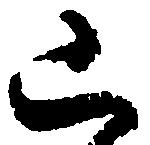
已